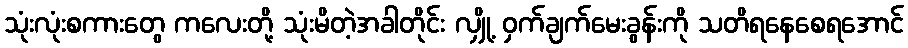
သုံးလုံးစကားတွေ ကလေးတို့ သုံးမိတဲ့အခါတိုင်း လျှို့ ဝှက်ချက်မေးခွန်းကို သတိရနေစေရအောင်